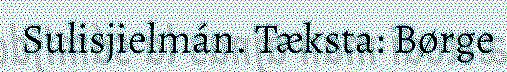
Sulisjielmán. Tæksta: Børge